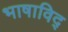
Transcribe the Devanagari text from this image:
भाषाविद्‍